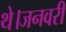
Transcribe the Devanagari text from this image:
थे।जनवरी